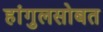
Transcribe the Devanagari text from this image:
हांगुलसोबत